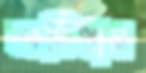
অভিধান